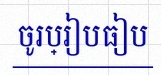
ចូរប្រៀបធៀប